Tezpur Lunatic Asylum reports 1877-1894 - 1877-1894
Year: 1877
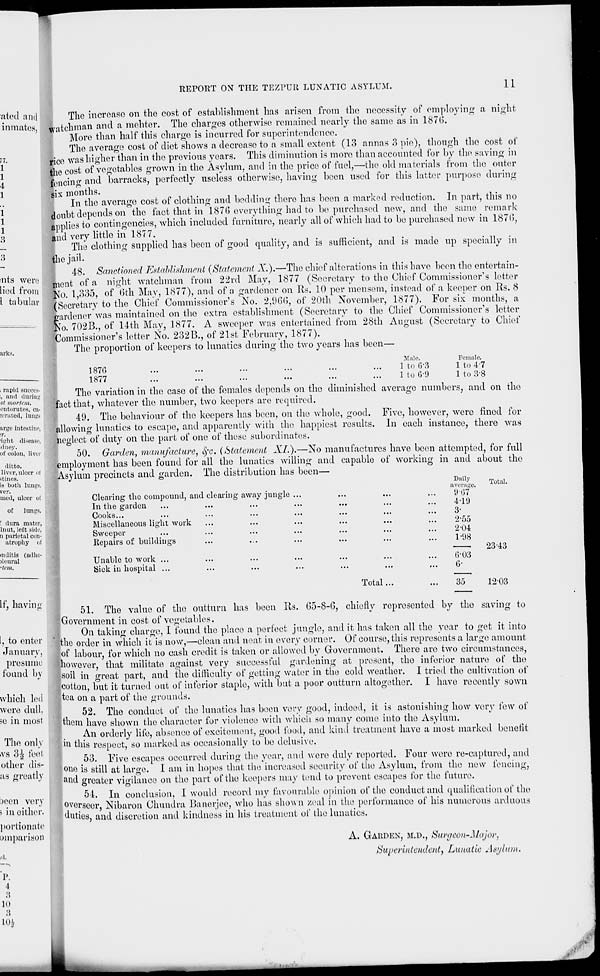
REPORT ON THE TEZPUR LUNATIC ASYLUM.
11
ated and
inmates,
1
1
I
1
i
I
i
3
nts wen;
lied from
I tabular
iirk*.
. rapid 8UCCCS-
i, mill during
St mortem.
entorutes, ca-
terated, lungs
urge intestiuo,
ir.
lght disease,
ilney.
of colon, liver
ditto.
liver, ulcer ol
itines.
is both lungs,
ver.
mod, nicer of
of lungs.
! dura mater,
lnut, left side,
ii parietal con-
atrophy of
mditis (adlie-
>leural
•tern.
If, havin
1, to enter
January,
presume
found bv
which led
were dull,
se in most
The only
»vs 3i feet
other dis-
as greatly
been very
i in either.
portionate
omparison
id.
The increase on the cost of establishment has arisen from the necessity of employing a night
watchman and a mehter. The charges otherwise remained nearly the same as in 187(5.
More than half this charge is incurred for superintendence.
The average cost of diet shows a decrease to a small extent (13 annas 3 pic), though the cost of
tice was higher than in the previous years. This diminution is more than accounted for by the saving in
the cost of vegetables grown in the Asylum, and in the price of fuel,—the old materials from the outer
fenem 0 " and barracks, perfectly useless otherwise, having been used for this latter purpose during
|ix months.
In the average cost of clothing and bedding there has been a marked reduction. In part, this no
doubt depends on the fact that in 187(5 everything had to be purchased new, and the same remark
applies to contingencies, which included furniture, nearly all of which had to be purchased new in 187(5,
and very little in 1877.
The clothing supplied has been of good quality, and is sufficient, and is made up specially in
the jail.
48. Sanctioned Establishment {Statement X).—The chief alterations in this have been the entertain-
ment of a night watchman from 22rd May, 1877 (Secretary to the Chief Commissioner's letter
No. 1,335, of 6th May, 1877), and of a gardener on Rs. 10 per mensem, instead of a keeper on Us. 8
/Secretary to the Chief Commissioner's No. 2,96(5, of 20th November, 1877). For six months, a
gardener was maintained on the extra establishment (Secretary to the Chief Commissioner's letter
No. 702B., of 14th May, 1877. A sweeper was entertained from 28th August (Secretary to Chief
Commissioner's letter No. 232B., of 21st February, 1877).
The proportion of keepers to lunatics during the two years has been—
1870
Male.
1 to 6-3
Female.
1 to 47
1877
...
...
...
...
...
...
ltoG9
1 to 3-8
The variation in the case of the females depends on the diminished average numbers, and on the
fact that, whatever the number, two keepers are required.
49. The behaviour of the keepers has been, on the whole, good. Five, however, were fined for
allowing lunatics to escape, and apparently with the happiest results. In each instance, there was
neglect of duty on the part of one of these subordinates.
50. Garden, manufacture, SfC (Statement XL).—No manufactures have been attempted, for full
employment has been found for all the lunatics willing and capable of working in and about the
Asylum precincts and garden. The distribution has been—
Clearing the compound, and clearing away jungle
In the garden
Cooks...
Miscellaneous light work
Sweeper
Repairs of huildings
Unahle to work ...
Sick in hospital ...
Total
Daily
average
y-G7
4-10
3-
2-55
2-04
1-98
(5-03
G-
35
Total.
2343
12-03
51. The value of the outturn has been Its. (55-8-6, chiefly represented by the saving to
Government in cost of vegetables.
On taking charge, I found the place a perfect jungle, and it has taken all the year to get it into
the order in which it is now,—clean and neat in every corner. Of course, this represents a large amount
of labour, for which no cash credit is taken or allowed by Government. There are two circumstances,
•however, that militate against very successful gardening at present, the inferior nature of the
soil in great part, and the difficulty of getting water in the cold weather. I tried the cultivation of
cotton, but it turned out of inferior staple, with but a poor outturn altogether. I have recently sown
tea on a part of the grounds.
52. The conduct of the lunatics has been very good, indeed, it is astonishing how very few of
them have shown the character for violence with which so many come into the Asylum.
An orderly life, absence of excitement, good food, and kind treatment have a most marked benefit
in this respect, so marked as occasionally to be delusive.
53. Five escapes occurred during the year, and were duly reported. Four were re-captured, and
one is still at large. I am in hopes that the increased security of the Asylum, from the new fencing,
and greater vigilance on the part of the keepers may tend to prevent escapes for the future.
54. In conclusion, I would record my favourable opinion of the conduct and qualification of the
overseer, Nibaron Chundra Banerjee, who has shown zeal in the performance of his numerous arduous
duties, and discretion and kindness in his treatment of the lunatics.
A. GARDEN, M.D., Surgeon-Major,
Superintendent, Lunatic Asylum,
P.
4
3
10
3
1(H